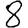
Digit: 8